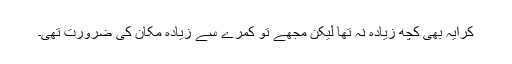
کرایہ بھی کچھ زیادہ نہ تھا لیکن مجھے تو کمرے سے زیادہ مکان کی ضرورت تھی۔